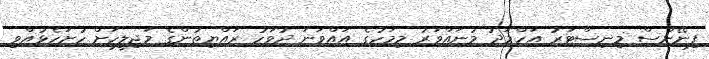
ފިނޭންސް މިނިސްޓަރު އަހްމަދު މުނައްވަރު މިމަހުގެ އައްވަނަ ދުވަހު ރައްޔިތުންގެ މަޖިލީހަށް ހުށަހެޅުއްވި